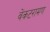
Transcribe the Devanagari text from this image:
वेंकटरामण